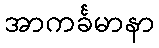
အာကင်္ခမာနာ